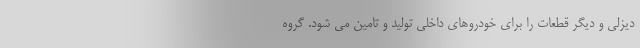
دیزلی و دیگر قطعات را برای خودروهای داخلی تولید و تامین می شود. گروه